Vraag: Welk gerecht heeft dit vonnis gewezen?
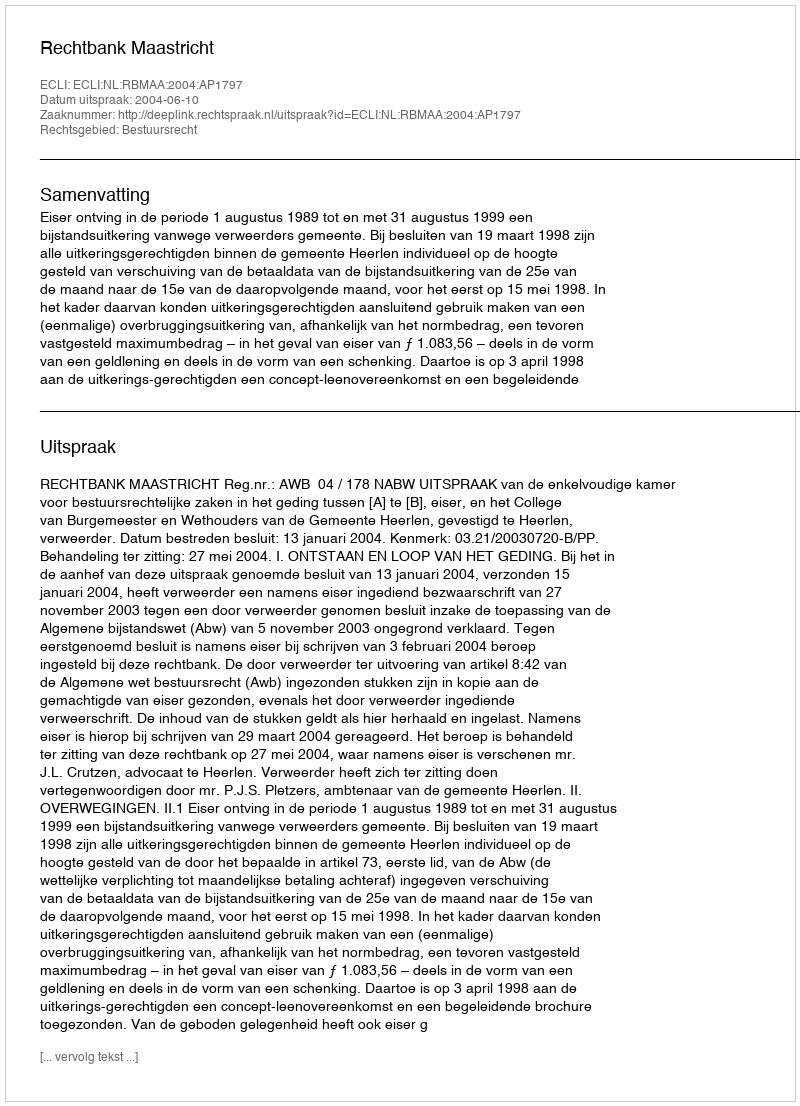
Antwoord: Rechtbank Maastricht